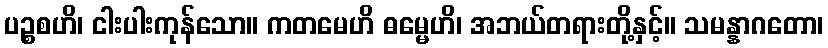
ပဉ္စစဟိ၊ ငါးပါးကုန်သော။ ကတမေဟိ ဓမ္မေဟိ၊ အဘယ်တရားတို့နှင့်။ သမန္နာဂတော၊